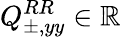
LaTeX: Q_{\pm,yy}^{RR}\in\mathbb{R}